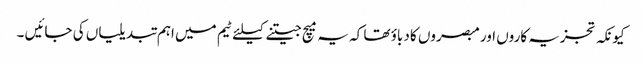
کیونکہ تجزیہ کاروں اور مبصروں کا دباؤ تھا کہ یہ میچ جیتنے کیلئے ٹیم میں اہم تبدیلیاں کی جائیں ۔